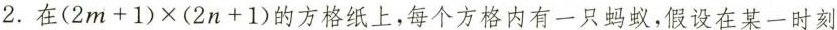
2.在$$(2m+1)×(2n+1)$$的方格纸上，每个方格内有一只蚂蚁，假设在某一时刻